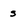
Character: s